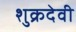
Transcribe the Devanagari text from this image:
शुक्रदेवी